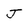
Character: J